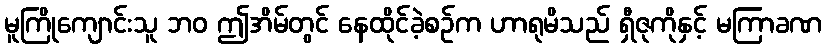
မူကြိုကျောင်းသူ ဘဝ ဤအိမ်တွင် နေထိုင်ခဲ့စဉ်က ဟာရုမိသည် ရှီဇုကိုနှင့် မကြာခဏ